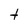
Character: t